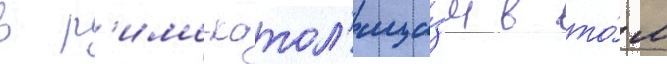
в р'имо-катол'ици́зм в то́м